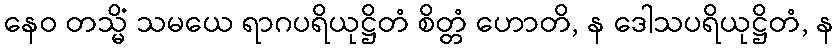
နေဝ တသ္မိံ သမယေ ရာဂပရိယုဋ္ဌိတံ စိတ္တံ ဟောတိ, န ဒေါသပရိယုဋ္ဌိတံ, န